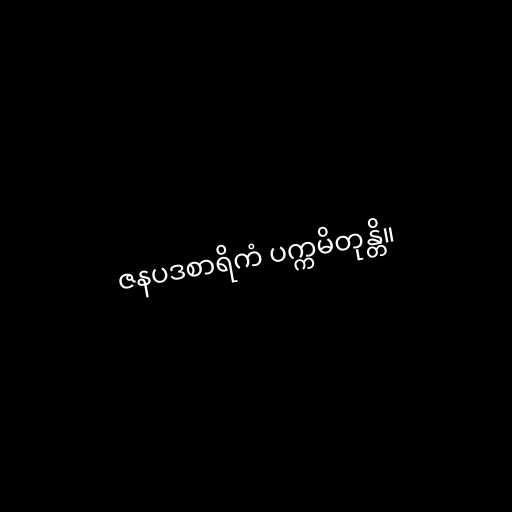
ဇနပဒစာရိကံ ပက္ကမိတုန္တိ။